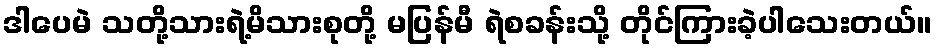
ဒါပေမဲ သတို့သားရဲ့မိသားစုတို့ မပြန်မီ ရဲစခန်းသို့ တိုင်ကြားခဲ့ပါသေးတယ်။